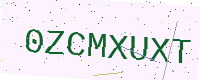
Text: 0ZCMXUXT